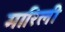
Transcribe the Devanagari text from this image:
मारिली